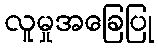
လူမှုအခြေပြု